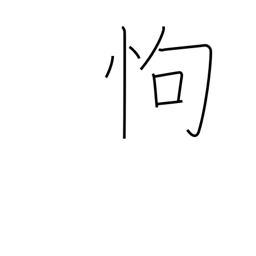
Meaning: fear